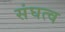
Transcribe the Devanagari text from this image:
संघत्व